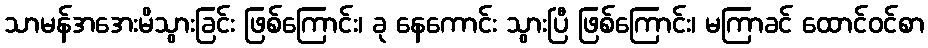
သာမန်အအေးမိသွားခြင်း ဖြစ်ကြောင်း၊ ခု နေကောင်း သွားပြီ ဖြစ်ကြောင်း၊ မကြာခင် ထောင်ဝင်စာ